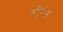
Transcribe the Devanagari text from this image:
निर्धूमन